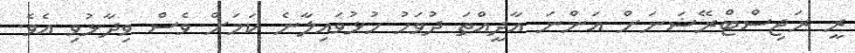
ރީ ރަޖިސްޓްރޭޝަނަށް އަންނަ އާދީއްތަ ދުވަހު ހުޅުވައިލާނެ ކަމަށް ވެސް ވިދާޅުވި އެވެ.